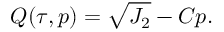
Q ( \tau , p ) = \sqrt { J _ { 2 } } - C p .